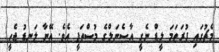
މެޗުގައި ފުރަތަމަ ލީޑް ނެގީ އާސެނަލްގެ މުސްތަފީ އެވެ. އޭނާ ލަނޑު ޖެހީ